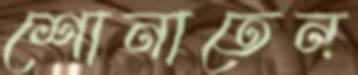
শোনাতেন